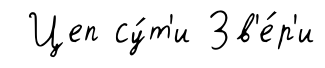
Цеп су́т'и Зв'е́р'и